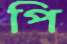
পি